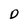
Character: D